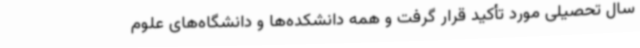
سال تحصیلی مورد تأکید قرار گرفت و همه دانشکده‌ها و دانشگاه‌های علوم